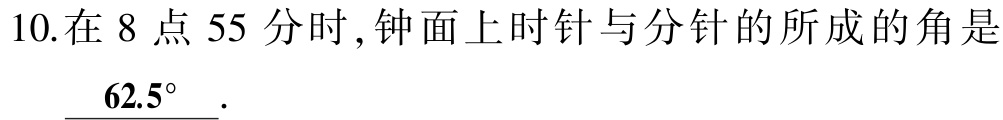
10.在 8 点 55 分时, 钟面上时针与分针的所成的角是\(62.5^{\circ}\).